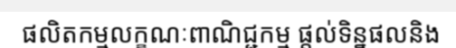
ផលិតកម្មលក្ខណៈពាណិជ្ជកម្ម ផ្តល់ទិន្នផលនិង